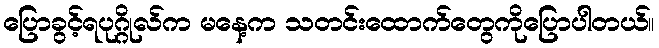
ပြောခွင့်ရပုဂ္ဂိုလ်က မနေ့က သတင်းထောက်တွေကိုပြောပါတယ်။